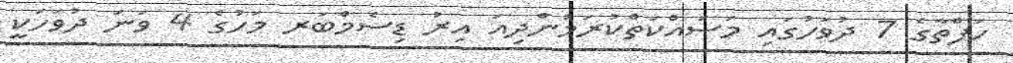
ހަފްތާގެ 7 ދުވަހުގައި މަސައްކަތްކުރަމުންދިއަ އިރު ޑިސެމްބަރ މަހުގެ 4 ވަނަ ދުވަހަކީ